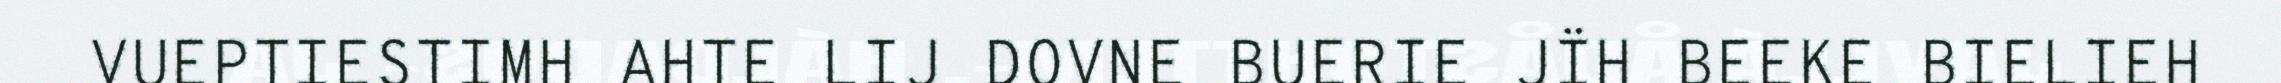
VUEPTIESTIMH AHTE LIJ DOVNE BUERIE JÏH BEEKE BIELIEH